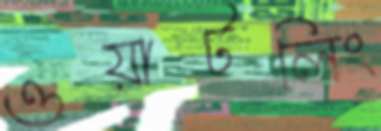
ওয়াটলিং